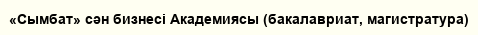
«Сымбат» сән бизнесі Академиясы (бакалавриат, магистратура)